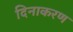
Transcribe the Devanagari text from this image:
दिनाकरण